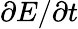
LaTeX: \partial E/\partial t